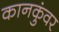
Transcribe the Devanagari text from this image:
कानकुंवर